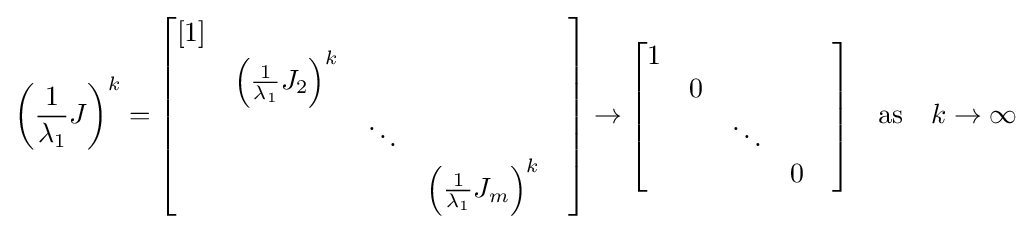
\left({\frac {1}{\lambda _{1}}}J\right)^{k}={\begin{bmatrix}[1]&&&&\\&\left({\frac {1}{\lambda _{1}}}J_{2}\right)^{k}&&&\\&&\ddots &\\&&&\left({\frac {1}{\lambda _{1}}}J_{m}\right)^{k}\\\end{bmatrix}}\rightarrow {\begin{bmatrix}1&&&&\\&0&&&\\&&\ddots &\\&&&0\\\end{bmatrix}}\quad {\text{as}}\quad k\to \infty